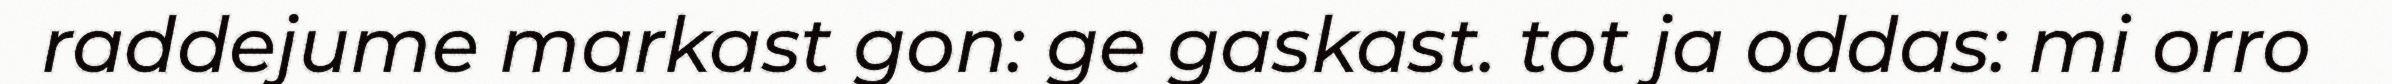
raddejume markast gon: ge gaskast. tot ja oddas: mi orro